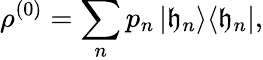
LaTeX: \rho^{(0)}=\sum_{n}p_{n}\left|\mathfrak{h}_{n}\right>\! \left<\mathfrak{h}_{n}\right|,